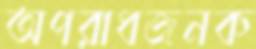
অপরাধজনক